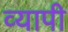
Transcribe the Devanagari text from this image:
व्‍यापी